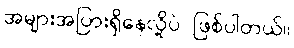
အများအပြားရှိနေလို့ပဲ ဖြစ်ပါတယ်။